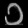
Digit: ၁